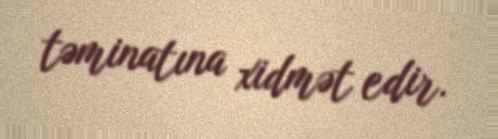
təminatına xidmət edir.